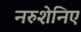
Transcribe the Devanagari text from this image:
नरुशेनिए